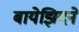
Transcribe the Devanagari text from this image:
बायेझिदने